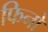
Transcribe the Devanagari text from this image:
फिनो